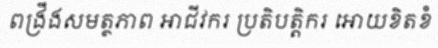
ពង្រឹងសមត្ថភាព អាជីវករ ប្រតិបត្តិករ អោយខិតខំ